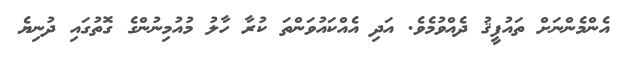
އެންމެންނަށް ތައުފީޤު ދެއްވުމެވެ. އަދި އެއްކައުވަންތަ ކުރާ ހާލު މުއުމިނުންގެ ގޮތުގައި ދުނިޔެ